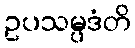
ဥပသမ္ပဒံတိ